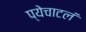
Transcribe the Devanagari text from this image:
प्येचाटलं